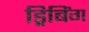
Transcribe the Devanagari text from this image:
ड्रिबिंग